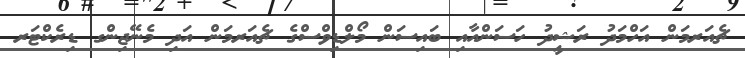
ޗެއަރމަން އަހްމަދު ރަޝީދު ހަސަންއާއި ބައިސަން މޯލްޑިވްސްގެ ޗެއަރމަން އަދި މެނޭޖިންގ ޑިރެކްޓަރ